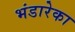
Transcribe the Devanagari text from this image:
भंडारेका